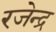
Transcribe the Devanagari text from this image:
रजेन्द्र